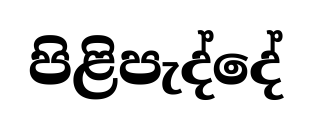
පිළිපැද්දේ